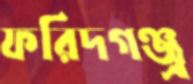
ফরিদগঞ্জ্র